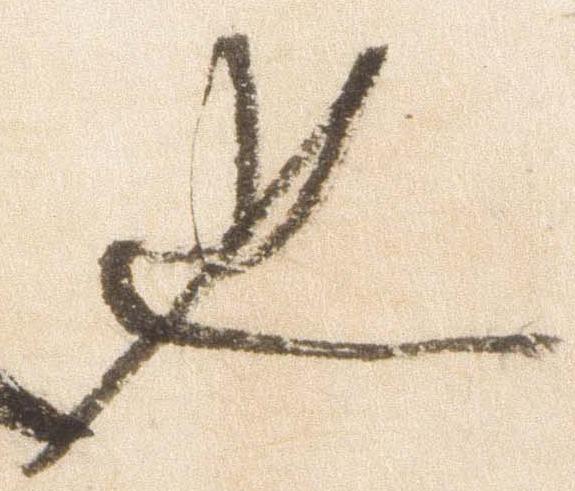
也